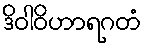
ဒိဝါဝိဟာရဂတံ